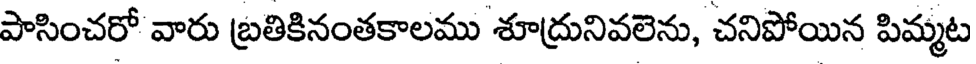
పాసించరో వారు బ్రతికినంతకాలము శూద్రునివలెను, చనిపోయిన పిమ్మట